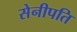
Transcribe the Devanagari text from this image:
सेनीपति